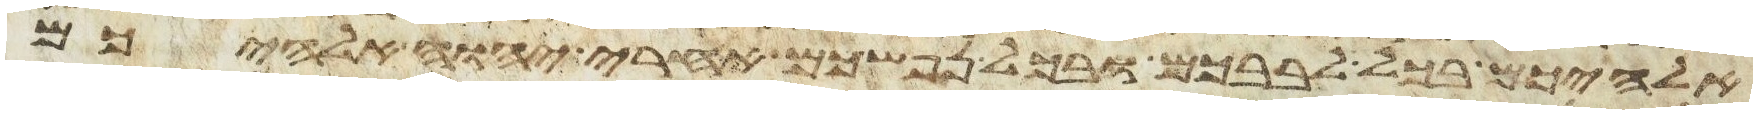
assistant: אלהיכם בכל לבבכם ובכל נפשכם אחרי יהוה אלהיכם